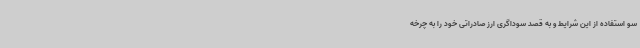
سو استفاده از این شرایط و به قصد سوداگری ارز صادراتی خود را به چرخه